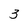
Character: 3